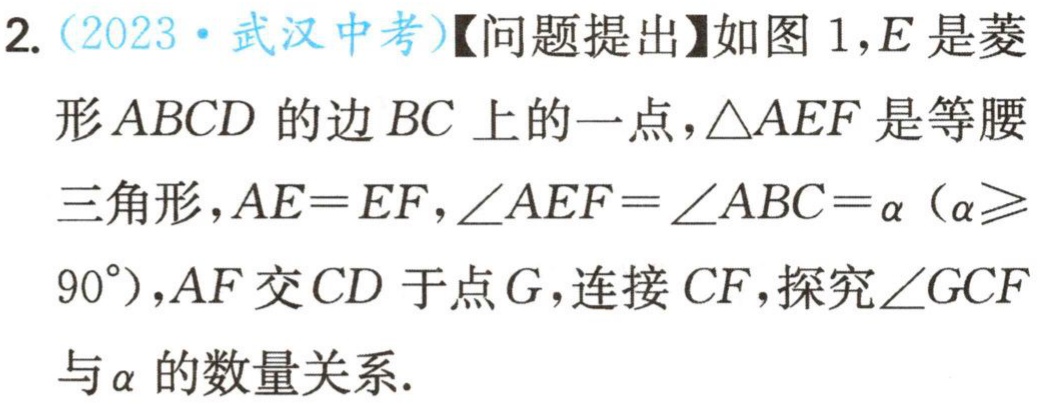
2.（2023·武汉中考）【问题提出】如图 1，\(E\)是菱形\(ABCD\)的边\(BC\)上的一点，\(\triangle AEF\)是等腰三角形，\(AE = EF\)，\(\angle AEF=\angle ABC = \alpha\)（\(\alpha\geqslant90^{\circ}\)），\(AF\)交\(CD\)于点\(G\)，连接\(CF\)，探究\(\angle GCF\)与\(\alpha\)的数量关系.